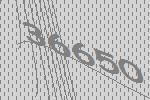
36650